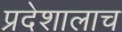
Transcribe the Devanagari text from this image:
प्रदेशालाच